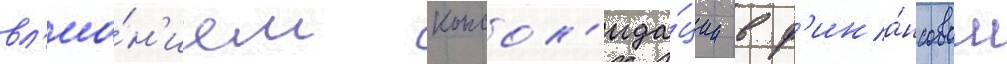
вл'иа́н'ием консол'ида́ции в ф'ина́нсовом